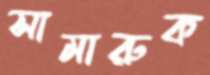
সামারুক